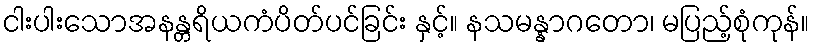
ငါးပါးသောအနန္တရိယကံပိတ်ပင်ခြင်း နှင့်။ နသမန္နာဂတော၊ မပြည့်စုံကုန်။